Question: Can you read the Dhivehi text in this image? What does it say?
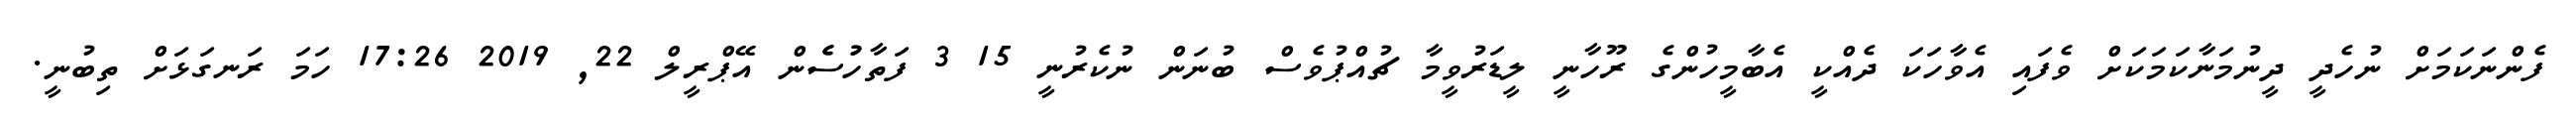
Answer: ފެންނަކަމަށް ނުހެދީ ދީނުމަނާކަމަކަށް ވެފައި އެވާހަކަ ދެއްކީ އެބާމީހުންގެ ރޫހާނީ ލީޑަރުވީމާ ޗުއްޕުވެސް ބުނަން ނުކެރުނީ 15 3 ފަތާހުުސެެން އޭޕްރީލް 22, 2019 17:26 ހަމަ ރަނގަޅަށް ތިބުނީ.